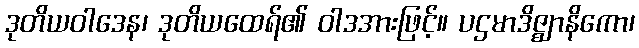
ဒုတိယဝါဒေန၊ ဒုတိယထေရ်၏ ဝါဒအားဖြင့်။ ပဌမာဒိဇ္ဈာနိကော၊